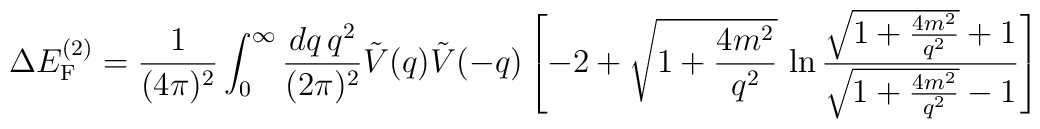
\Delta E_{\rm F}^{(2)}=\frac{1}{(4\pi)^2}\int_0^\infty    \frac{dq\,   q^2}{(2\pi)^2}\tilde{V}(q)\tilde{V}(-q)    \left[-2+\sqrt{1+\frac{4m^2}{q^2}}\,    \ln \frac{\sqrt{1+\frac{4m^2}{q^2}}+1}    {\sqrt{1+\frac{4m^2}{q^2}}-1}\right]